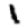
Digit: 1